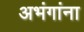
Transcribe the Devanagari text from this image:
अभंगांना